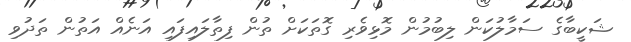
ޝަކީބާގެ ސަމާލުކަން ލިބުމުން މޮޅިވެރި ގޮތަކަށް ތުން ފިތާލައިފައި އަނެއް އަތުން ތަދުވި